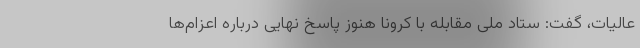
عالیات، گفت: ستاد ملی مقابله با کرونا هنوز پاسخ نهایی درباره اعزام‌ها